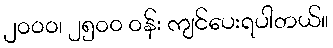
၂၀၀၀၊ ၂၅၀၀ ဝန်း ကျင်ပေးရပါတယ်။